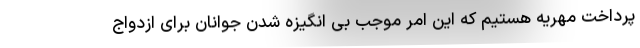
پرداخت مهریه هستیم که این امر موجب بی انگیزه شدن جوانان برای ازدواج